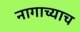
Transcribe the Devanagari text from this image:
नागाच्याच